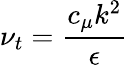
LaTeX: \nu_{t}={\frac{c_{\mu}k^{2}}{\epsilon}}